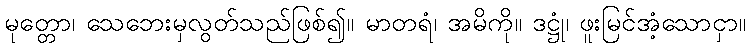
မုတ္တော၊ သေဘေးမှလွတ်သည်ဖြစ်၍။ မာတရံ၊ အမိကို။ ဒဋ္ဌုံ၊ ဖူးမြင်အံ့သောငှာ။